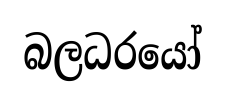
බලධරයෝ